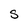
Character: S